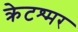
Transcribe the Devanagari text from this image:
क्रेटश्मर